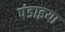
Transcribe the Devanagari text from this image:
पंडाइया